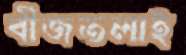
বীজতলাই